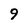
Character: 9